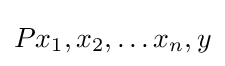
Px_{1},x_{2},\ldots x_{n},y